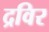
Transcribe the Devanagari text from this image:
द्रविर